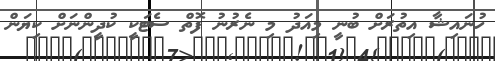
ހުނައިޝާ އިތުރަށް ބުނީ މިއަދު މި ނެރުނު ފޮތް ސެޓަކީ ކުދީންނަށް ކިޔަން